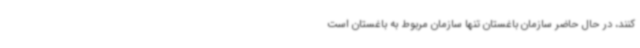
کنند، در حال حاضر سازمان باغستان تنها سازمان مربوط به باغستان است